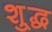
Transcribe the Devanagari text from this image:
शु्द्ध